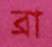
ব্রা